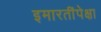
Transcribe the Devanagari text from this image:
इमारतींपेक्षा